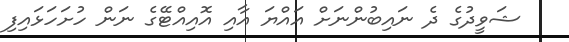
ޝަވީދުގެ ދެ ނައިބުންނަށް އައްޔަ އާއި އޮއިއްޓޭގެ ނަން ހުށަހަޅައިފި